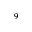
^ 9